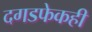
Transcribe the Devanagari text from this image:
दगडफेकही